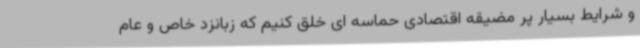
و شرایط بسیار پر مضیقه اقتصادی حماسه ای خلق کنیم که زبانزد خاص و عام